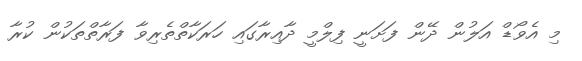
މި އެވޯޑް އަލުން ދޭން ފަށަނީ ފިލްމީ ދާއިރާގައި ހަރަކާތްތެރިވާ ފަރާތްތަކުން ކުރާ